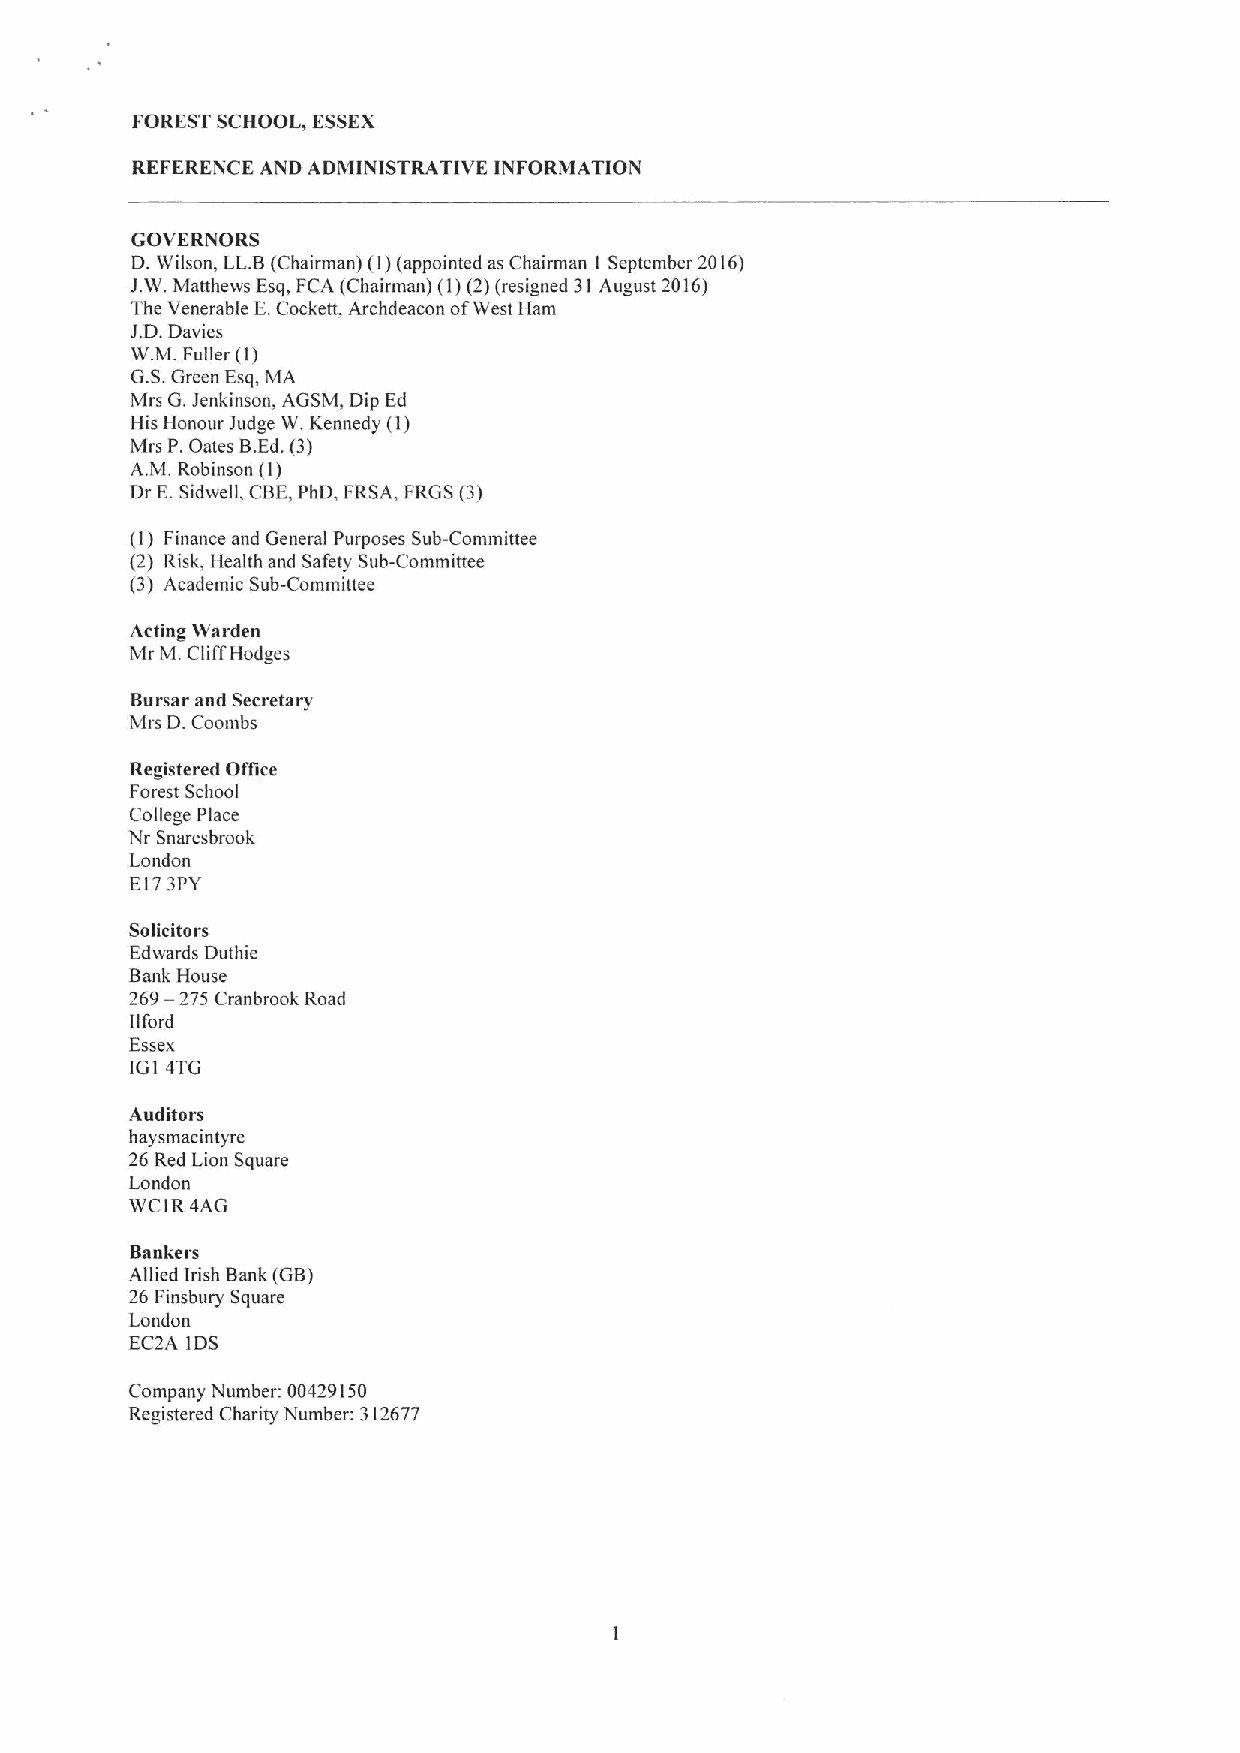
FOREST SCHOOL, ESSEX
 REFERENCE AND ADMINISTRATIVE INFORMATION
 GOVERNORS
 D.Wilson, LL.B(Chairman) (I)(appointed as Chairman I September 2016)
 J.W.Matthews Esq, FCA (Chairman) (I)(2)(resigned 31 August 2016)
 The Venerable E.Cockett, Archdeacon ofWest Ham
 J.D.Davies
 W.M.Fuller (1)
 G.S.Green Esq, MA
 Mrs G.Jenkinson, AGSM, Dip Ed
 His Honour Judge W.Kennedy (I)
 Mrs P.Gates B.Ed.(3)
 A.M. Robinson (I)
 Dr E.Sidwell, CBE,PhD, FRSA, FRGS (3)
 (I) Finance and General Purposes Sub-Committee
 (2) Risk, Health and Safety Sub-Committee
 (3) Academic Sub-Committee
 Acting Warden
 Mr M.CliffHodges
 Bursar and Secretary
 Mrs D.Coombs
 Registered Oflice
 Forest School
 College Place
 Nr Snaresbrook
 London
 E173PY
 Solicitors
 Edwards Duthie
 Bank House
 269—275 Cranbrook Road
 lifo rd
 Essex
 IGI 4TG
 Auditors
 haysmacintyre
 26 Red Lion Square
 London
 WC1R4AG
 Bankers
 Allied Irish Bank (GB)
 26 Finsbury Square
 London
 EC2A IDS
 Company Number: 00429150
 Registered Charity Number: 312677